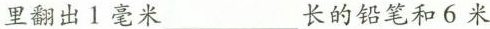
里翻出1毫米___长的铅笔和6米